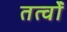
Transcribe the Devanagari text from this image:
तत्वोंं